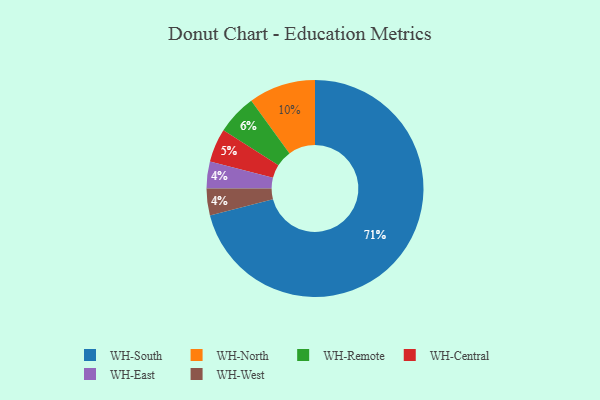
{"axis": {"x": "Category", "y": "Percentage"}, "legend": ["WH-Central", "WH-East", "WH-North", "WH-Remote", "WH-South", "WH-West"], "data": [{"x": "WH-Remote", "y": 6, "type": "WH-Remote"}, {"x": "WH-East", "y": 4, "type": "WH-East"}, {"x": "WH-South", "y": 71, "type": "WH-South"}, {"x": "WH-North", "y": 10, "type": "WH-North"}, {"x": "WH-Central", "y": 5, "type": "WH-Central"}, {"x": "WH-West", "y": 4, "type": "WH-West"}]}